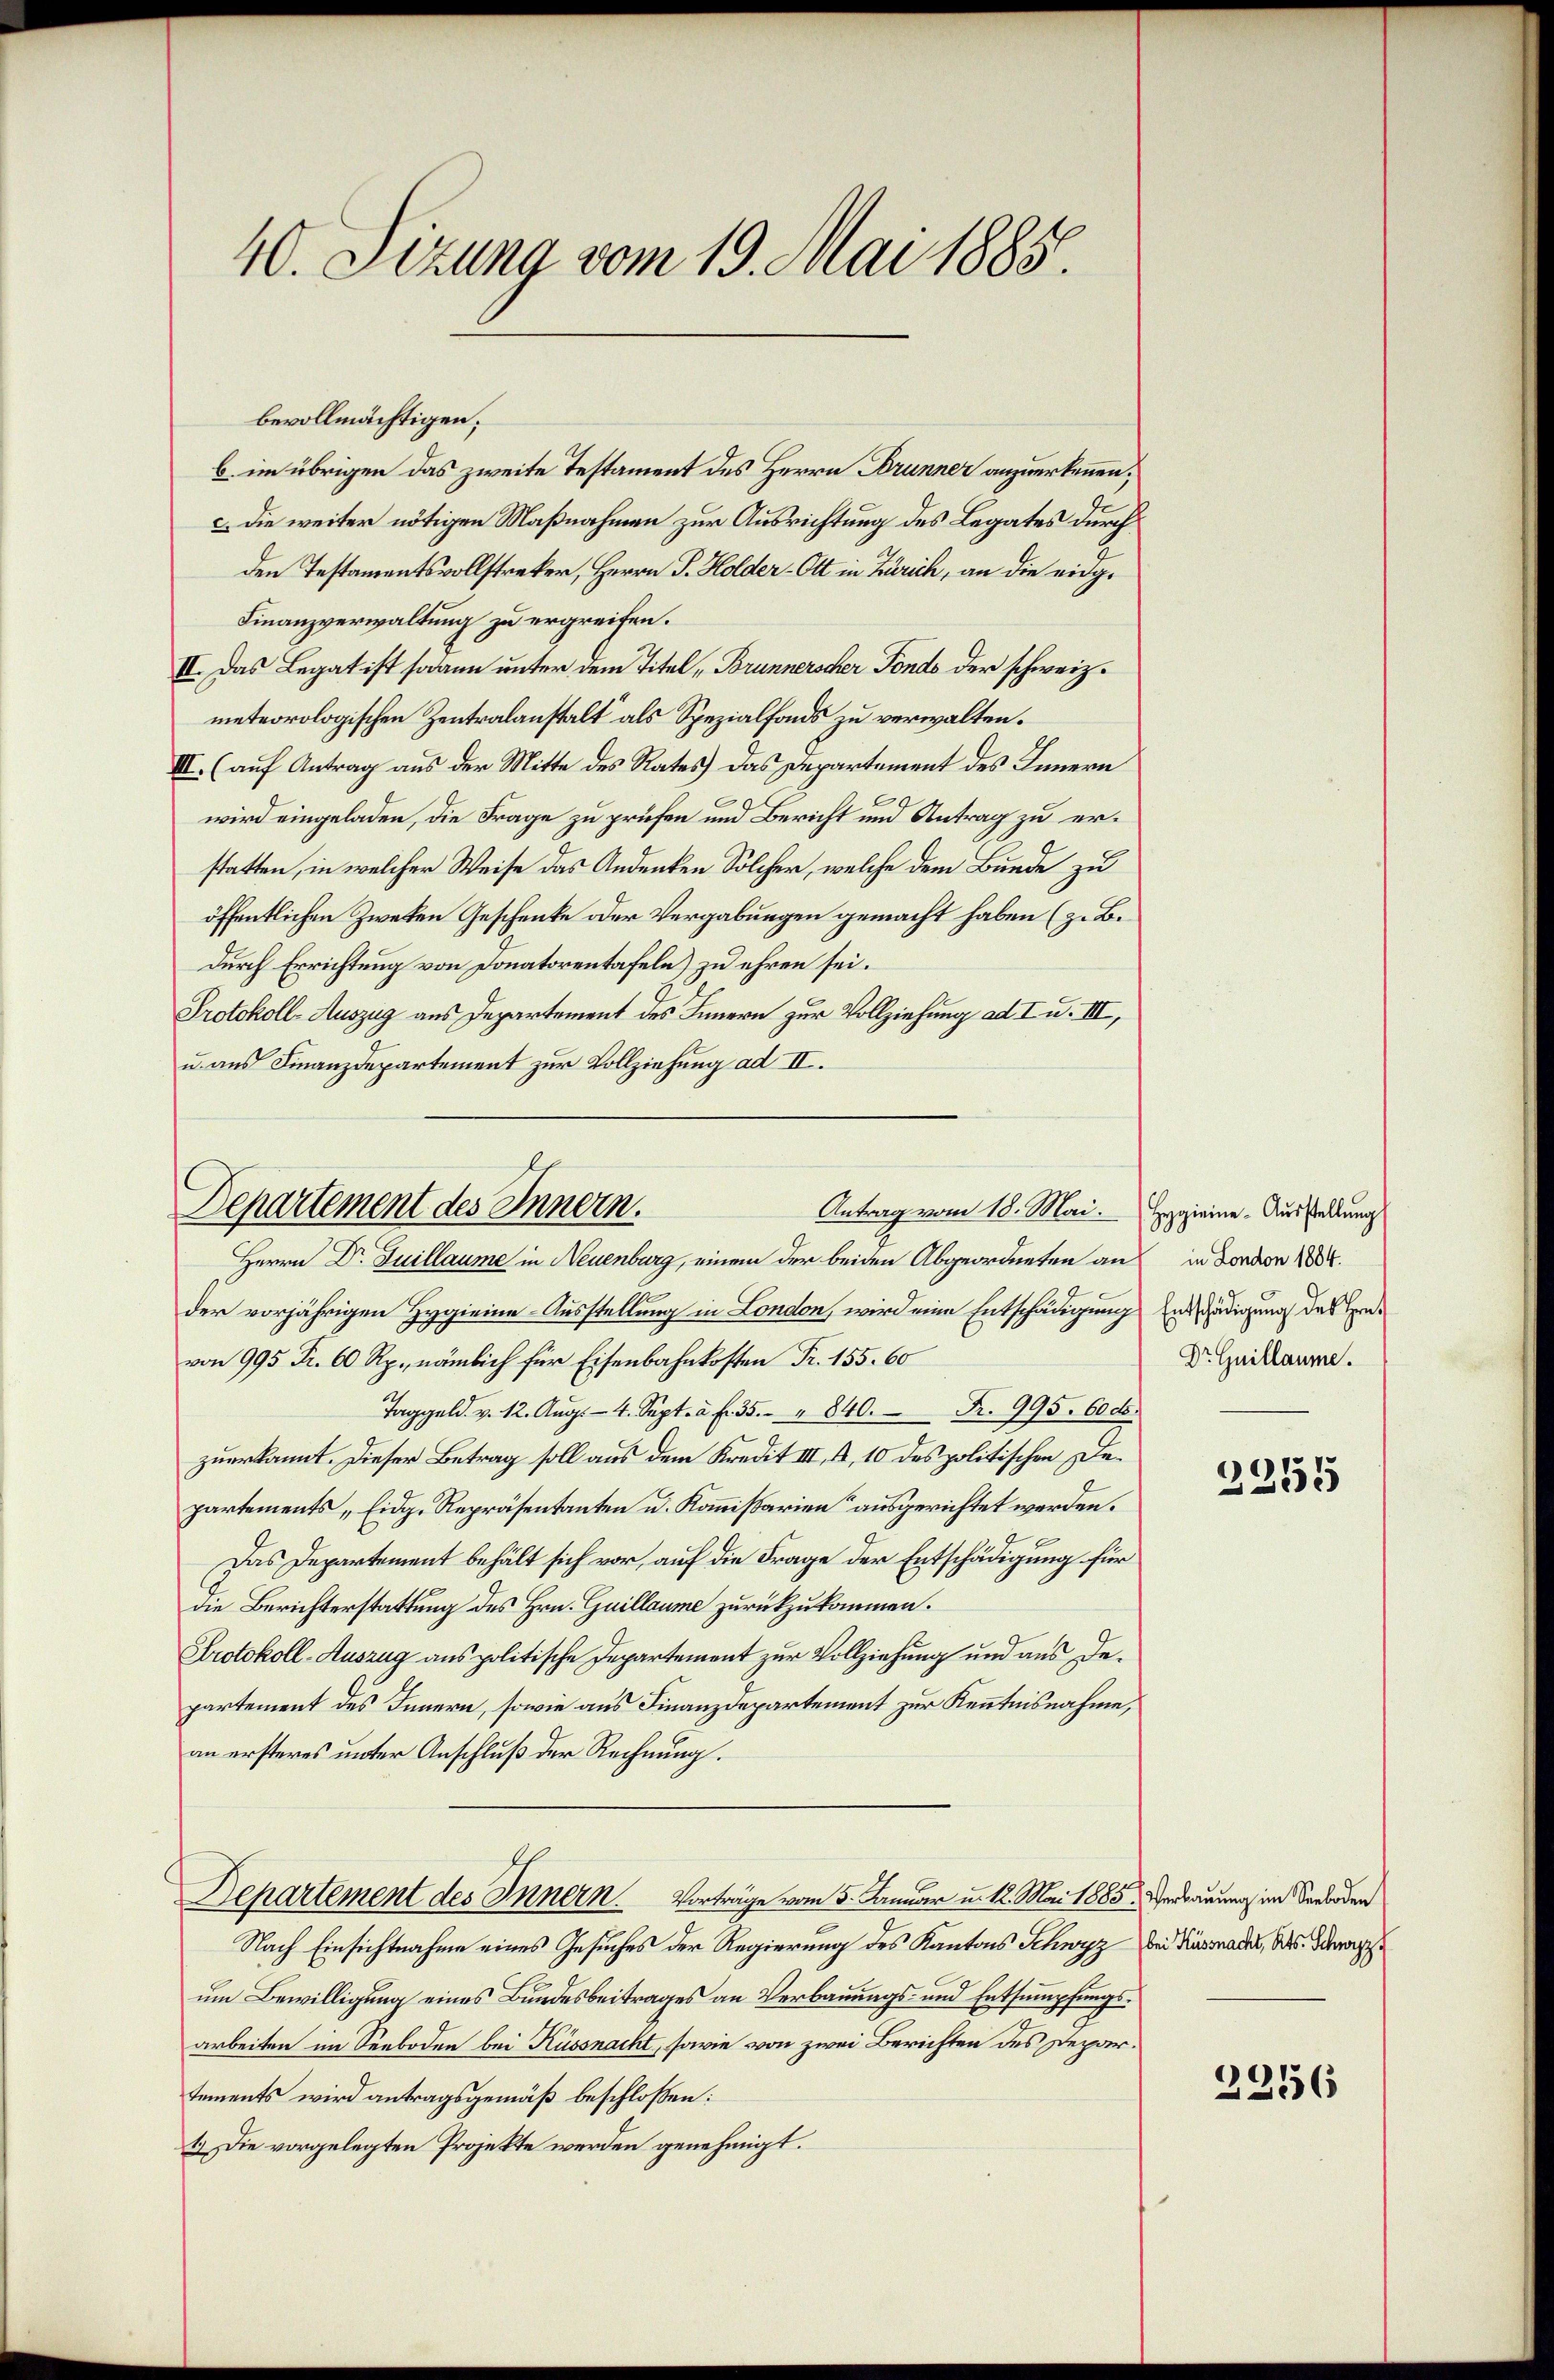
40. Sizung vom 19. Mai 1885.

bevollmächtigen;
b. im übrigen das zweite Testament des Herrn Brunner anzuerkennen;
c. die weiter nötigen Maßnahmen zur Ausrichtung des Legates durch
den Testamentsvollstreker, Herrn P. Holder-Ott in Zürich, an die eing¬
Finanzverwaltung zu ergreifen.
II. Das Legat ist sodann unter dem Titel, Brunnerscher Fonds der schweiz.
meteorologischen Zentralanstalt als Spezialfonds zu verwalten.
III. (auf Antrag aus der Mitte des Rates das Departement des Innern
9
wird eingeladen, die Frage zu prüfen und Bericht und Antrag zu erstatten, in welcher Weise das Andenken Solcher, welche dem Bunde zu
öffentlichen Zwecken Geschenke oder Vergabungen gemacht haben (z. B.
durch Errichtung von Donatorentafeln) zu ehren sei.
Protokoll-Auszug aus Departement des Innern zur Vollziehung ad I u. III,
u. aus Finanzdepartement zur Vollziehung ad II.

Departement des Innern.
Antrag vom 18. Mai. Hygieine Ausstellung

Herrn Dr. Juillaume in Neuenburg, einem der beiden Abgeordneten an
der vorjährigen Hygienne-Ausstellung in London, wird eine Entschädigung
von 995 Fr. 60 Rp., nämlich für Eisenbahnkosten Fr. 155. 60
Taggeld. v. 12. Aŭg. - 4. Sept. a. f. 35. " 840. Fr. 995. 60 de
zuerkannt. Dieser Betrag soll aus dem Kredit III, 1, 10 des politischen Departements „Eidg. Repräsentanten u. Kommissarien ausgerichtet werden.
Das Departement behält sich vor, auf die Frage der Entschädigung für
die Berichterstattung des Hrn. Guillaume zurückzukommen.
Protokoll-Auszug aus politische Departement zur Vollziehung und aus Departement des Innern, sowie aus Finanzdepartement zur Kenntnisnahme,
an ersteres unter Anschluß der Rechnung.
Departement des Innern. Vorträge vom 5. Januar u. 12. Mai 1885. Verbauung im Sarboden
Nach Einsichtnahme eines Gesuches der Regierung des Kantons Schwyz bei Firmadet, das Dep
um Bewilligung eines Bundesbeitrages an Verbauungs- und Entsumpfungsarbeiten im Seeboden bei Küssnacht, sowie von zwei Berichten des Departements wird antragsgemäß beschloßen:
1.) Die vorgelegten Projekte werden genehmigt.

in London 1884.
Entschädigung des Hrn.
Dr Guillaume.

2255

2356